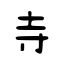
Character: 寺